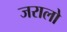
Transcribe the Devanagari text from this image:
जरालो